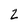
Character: 2